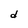
Character: d